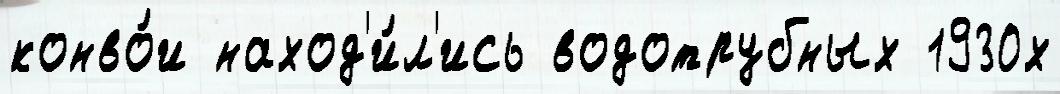
конво́и наход'и́л'ись водотрубных 1930х